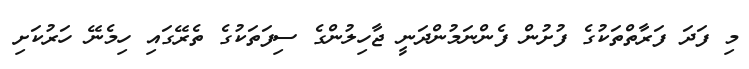
މި ފަދަ ފަރާތްތަކުގެ ފުށުން ފެންނަމުންދަނީ ޖާހިލުންގެ ސިފަތަކުގެ ތެރޭގައި ހިމެނޭ ހަރުކަށި